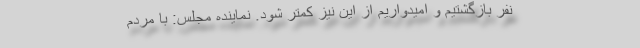
نفر بازگشتیم و امیدواریم از این نیز کمتر شود. نماینده مجلس: با مردم